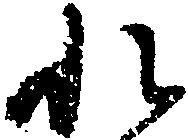
れ